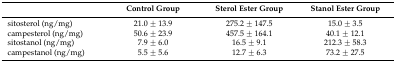
|  | Control Group | Sterol Ester Group | Stanol Ester Group |
 | --- | --- | --- | --- |
 | sitosterol (ng/mg) | 21.0 ± 13.9 | 275.2 ± 147.5 | 15.0 ± 3.5 |
 | campesterol (ng/mg) | 50.6 ± 23.9 | 457.5 ± 164.1 | 40.1 ± 12.1 |
 | sitostanol (ng/mg) | 7.9 ± 6.0 | 16.5 ± 9.1 | 212.3 ± 58.3 |
 | campestanol (ng/mg) | 5.5 ± 5.6 | 12.7 ± 6.3 | 73.2 ± 27.5 |